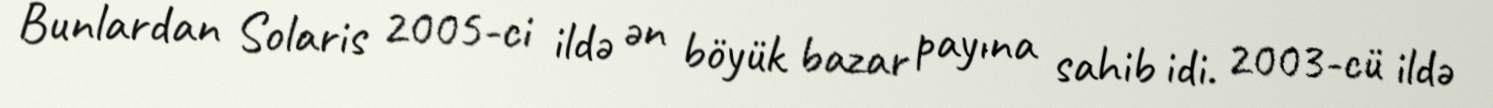
Bunlardan Solaris 2005-ci ildə ən böyük bazar payına sahib idi. 2003-cü ildə